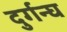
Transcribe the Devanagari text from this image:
दुर्गन्घ